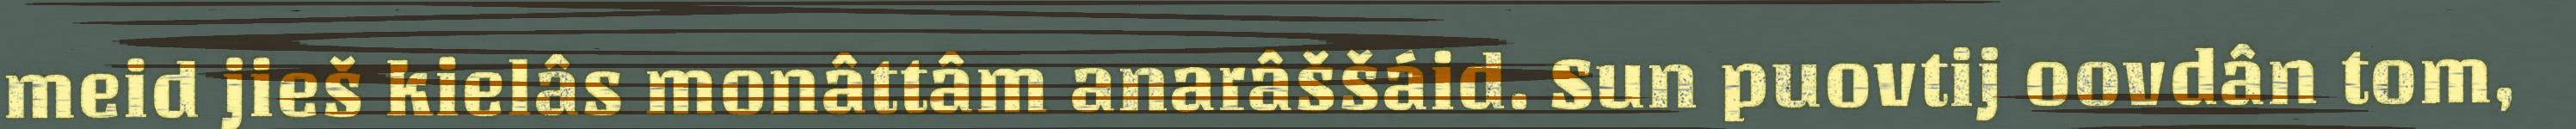
meid jieš kielâs monâttâm anarâššáid. Sun puovtij oovdân tom,